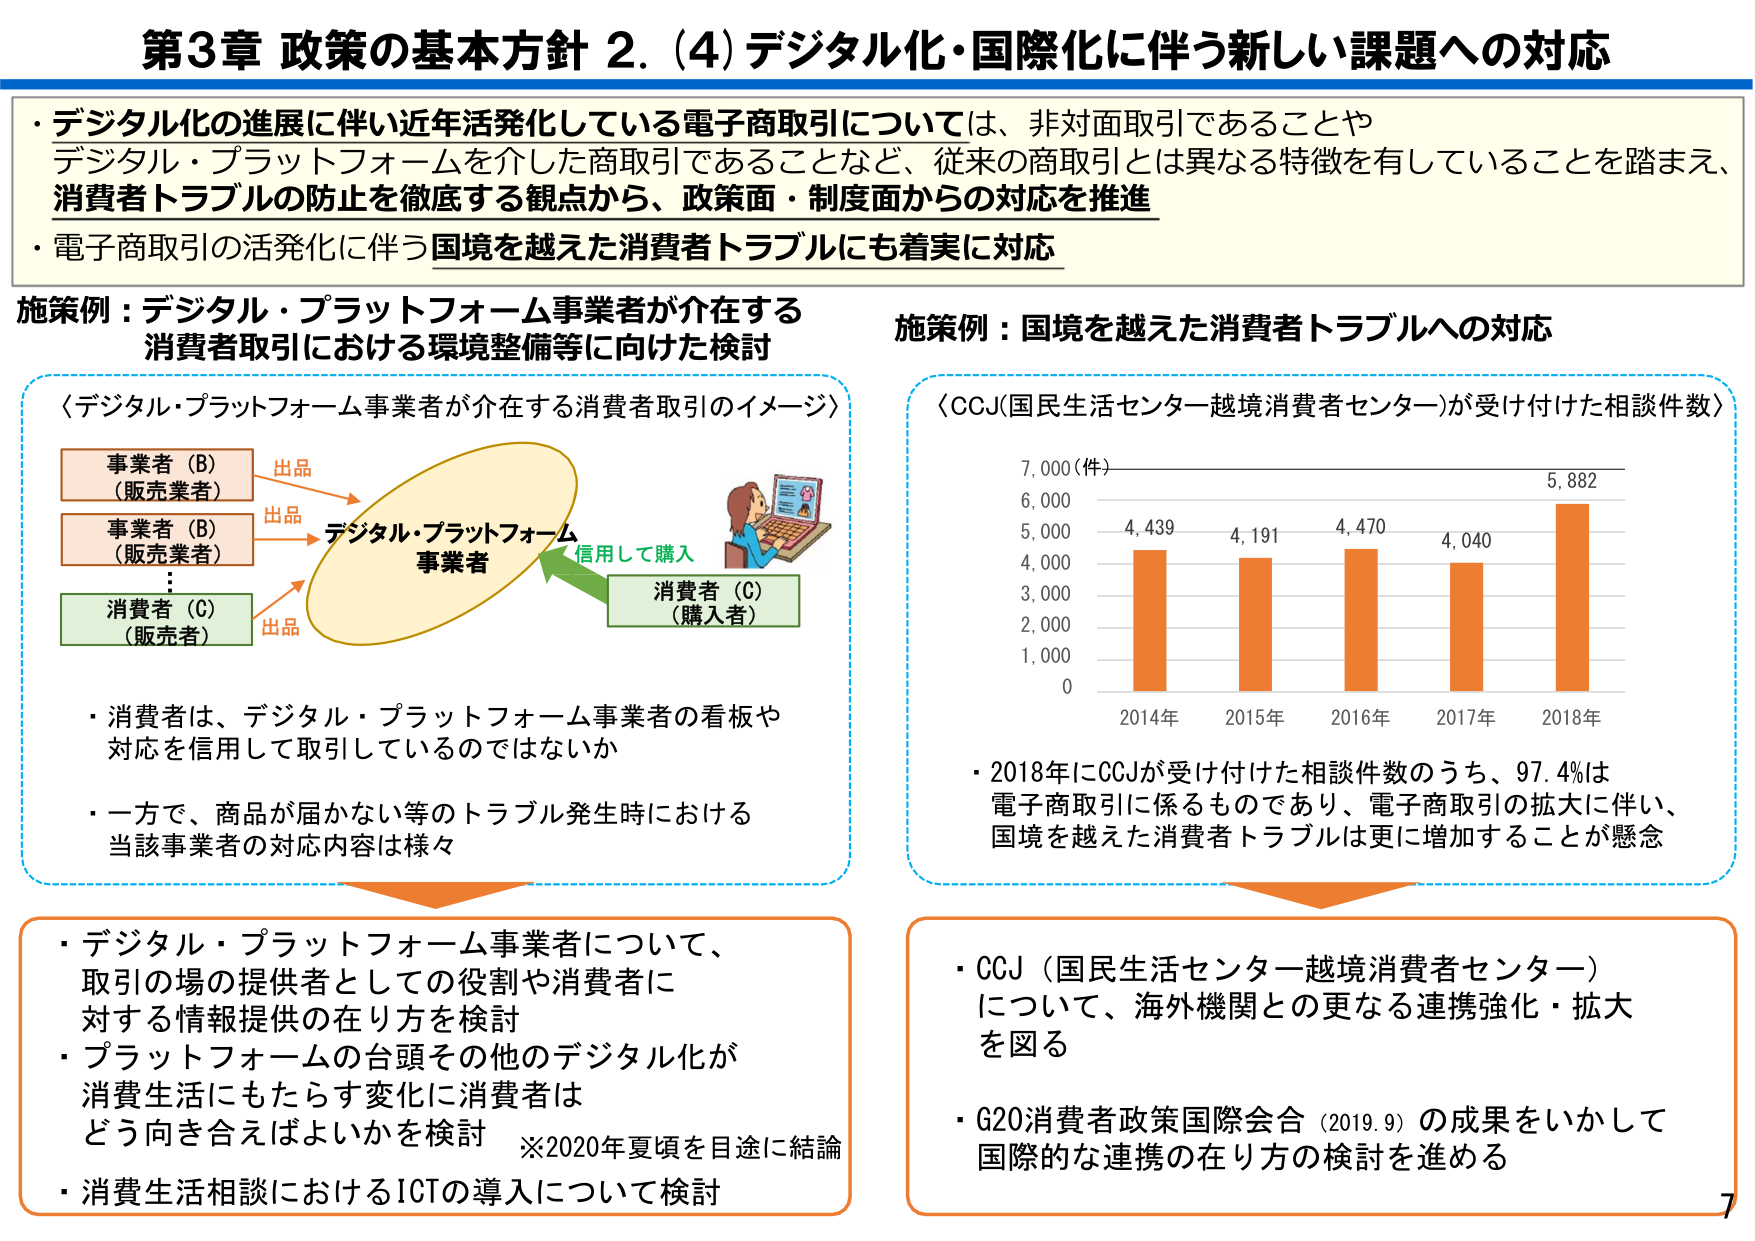
第3章 政策の基本方針 2. (4) デジタル化・国際化に伴う新しい課題への対応

・デジタル化の進展に伴い近年活発化している電子商取引については、非対面取引であることや
デジタル・プラットフォームを介した商取引であることなど、従来の商取引とは異なる特徴を有していることを踏まえ、
消費者トラブルの防止を徹底する観点から、政策面・制度面からの対応を推進

・電子商取引の活発化に伴う国境を越えた消費者トラブルにも着実に対応

施策例：デジタル・プラットフォーム事業者が介在する
消費者取引における環境整備等に向けた検討

〈デジタル・プラットフォーム事業者が介在する消費者取引のイメージ〉

事業者（B）
（販売業者） → 出品 → デジタル・プラットフォーム
事業者

事業者（B）
（販売業者） → 出品 → デジタル・プラットフォーム
事業者

消費者（C）
（販売者） → 出品 → デジタル・プラットフォーム
事業者

消費者（C）
（購入者） ← 信用して購入 ← デジタル・プラットフォーム
事業者

・消費者は、デジタル・プラットフォーム事業者の看板や
対応を信用して取引しているのではないか

・一方で、商品が届かない等のトラブル発生時における
当該事業者の対応内容は様々

施策例：国境を越えた消費者トラブルへの対応

〈CCJ(国民生活センターー越境消費者センター)が受け付けた相談件数〉

7,000（件）
6,000
5,000
4,000
3,000
2,000
1,000
0

2014年 4,439
2015年 4,191
2016年 4,470
2017年 4,040
2018年 5,882

・2018年にCCJが受け付けた相談件数のうち、97.4%は
電子商取引に係るものであり、電子商取引の拡大に伴い、
国境を越えた消費者トラブルは更に増加することが懸念

・デジタル・プラットフォーム事業者について、
取引の場の提供者としての役割や消費者に
対する情報提供の在り方を検討

・プラットフォームの台頭その他のデジタル化が
消費生活にもたらす変化に消費者は
どう向き合えばよいかを検討　※2020年夏頃を目途に結論

・消費生活相談におけるICTの導入について検討

・CCJ（国民生活センターー越境消費者センター）
について、海外機関との更なる連携強化・拡大
を図る

・G20消費者政策国際会合（2019.9）の成果をいかして
国際的な連携の在り方の検討を進める

7